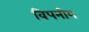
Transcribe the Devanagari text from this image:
विपनीय